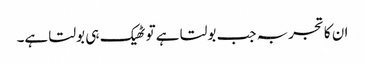
ان کا تجربہ جب بولتا ہے تو ٹھیک ہی بولتا ہے۔